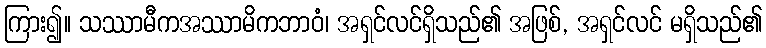
ကြား၍။ သဿာမီကအဿာမိကဘာဝံ၊ အရှင်လင်ရှိသည်၏ အဖြစ်, အရှင်လင် မရှိသည်၏